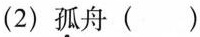
(2)\underset{·}{孤}舟()